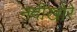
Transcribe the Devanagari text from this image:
नदीखोरे